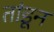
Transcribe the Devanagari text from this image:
तांडून